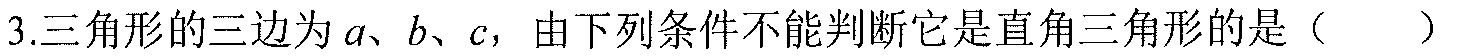
3.三角形的三边为\(a、b、c\)，由下列条件不能判断它是直角三角形的是（  ）